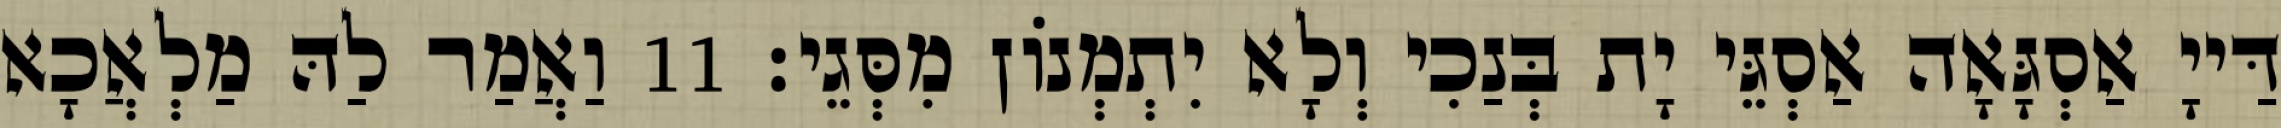
דַּייָ אַסְגָּאָה אַסְגֵּי יָת בְּנַכִי וְלָא יִתְמְנוֹן מִסְּגֵי׃ 11 וַאֲמַר לַהּ מַלְאֲכָא